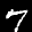
Label: 7